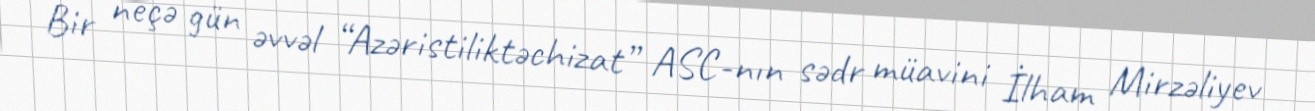
Bir neçə gün əvvəl “Azəristiliktəchizat” ASC-nın sədr müavini İlham Mirzəliyev